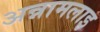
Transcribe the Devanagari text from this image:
अन्नामलाइ